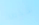
شخص